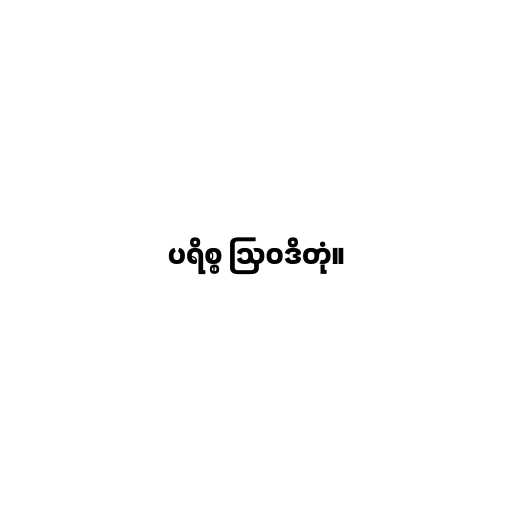
ပရိစ္စ ဩဝဒိတုံ။